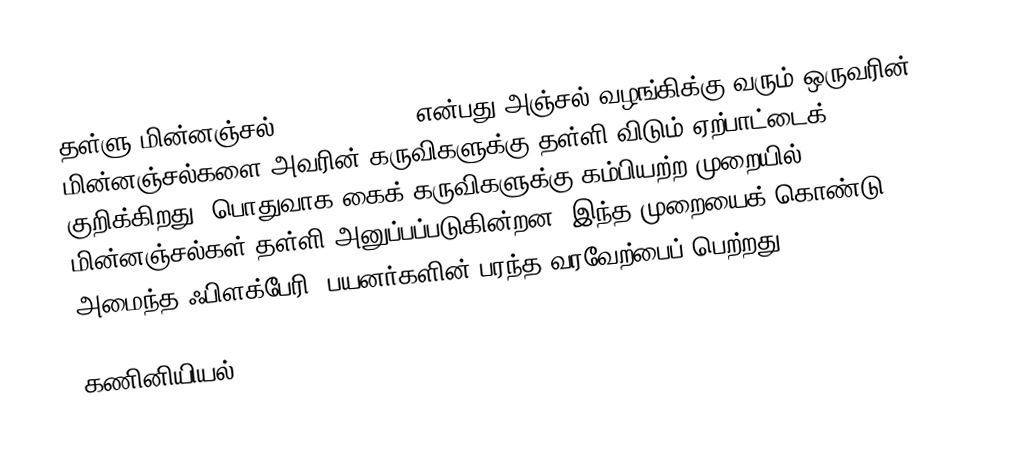
தள்ளு மின்னஞ்சல் (Push e-mail) என்பது அஞ்சல் வழங்கிக்கு வரும் ஒருவரின் மின்னஞ்சல்களை அவரின் கருவிகளுக்கு தள்ளி விடும் ஏற்பாட்டைக் குறிக்கிறது. பொதுவாக கைக் கருவிகளுக்கு கம்பியற்ற முறையில் மின்னஞ்சல்கள் தள்ளி அனுப்பப்படுகின்றன. இந்த முறையைக் கொண்டு அமைந்த ஃபிளக்பேரி, பயனர்களின் பரந்த வரவேற்பைப் பெற்றது.

கணினியியல்